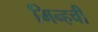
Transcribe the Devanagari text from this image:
मिन्हची